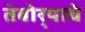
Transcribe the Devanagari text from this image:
तंबोर्‍याचे